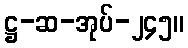
ဋ္ဌ-ဆ-အုပ်-၂၄၅။